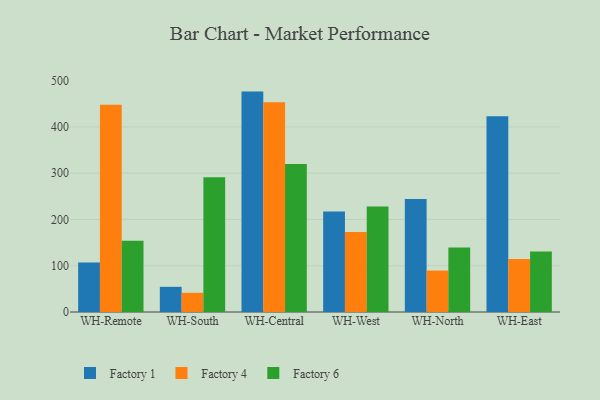
{"axis": {"x": "Warehouse", "y": "Customer Acquisition Cost (USD)"}, "legend": ["Factory 1", "Factory 4", "Factory 6"], "data": [{"x": "WH-Remote", "y": 106.8, "type": "Factory 1"}, {"x": "WH-Remote", "y": 448.0, "type": "Factory 4"}, {"x": "WH-Remote", "y": 154.2, "type": "Factory 6"}, {"x": "WH-South", "y": 54.4, "type": "Factory 1"}, {"x": "WH-South", "y": 41.5, "type": "Factory 4"}, {"x": "WH-South", "y": 291.3, "type": "Factory 6"}, {"x": "WH-Central", "y": 476.3, "type": "Factory 1"}, {"x": "WH-Central", "y": 453.1, "type": "Factory 4"}, {"x": "WH-Central", "y": 319.8, "type": "Factory 6"}, {"x": "WH-West", "y": 217.1, "type": "Factory 1"}, {"x": "WH-West", "y": 173.1, "type": "Factory 4"}, {"x": "WH-West", "y": 228.0, "type": "Factory 6"}, {"x": "WH-North", "y": 244.0, "type": "Factory 1"}, {"x": "WH-North", "y": 89.6, "type": "Factory 4"}, {"x": "WH-North", "y": 139.5, "type": "Factory 6"}, {"x": "WH-East", "y": 423.0, "type": "Factory 1"}, {"x": "WH-East", "y": 114.5, "type": "Factory 4"}, {"x": "WH-East", "y": 131.0, "type": "Factory 6"}]}